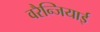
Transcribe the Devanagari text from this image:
वरैन्जियाई